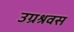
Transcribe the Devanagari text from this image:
उग्रश्रवस